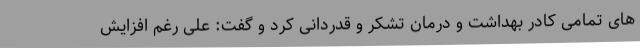
های تمامی کادر بهداشت و درمان تشکر و قدردانی کرد و گفت: علی رغم افزایش